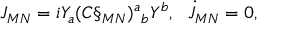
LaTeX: J _ { M N } = i Y _ { a } ( C \S _ { M N } ) ^ { a } { } _ { b } Y ^ { b } , \: \: \: \dot { J } _ { M N } = 0 ,